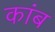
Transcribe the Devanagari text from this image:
कांब